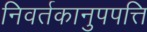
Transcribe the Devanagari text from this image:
निवर्तकानुपपत्ति